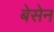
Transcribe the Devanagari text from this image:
बेसेन